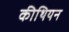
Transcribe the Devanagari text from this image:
कीथियन